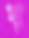
খা